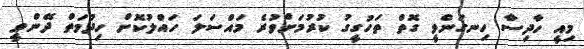
މިއީ ހާދިސާ ހިނގަންވީ ގޮތް ތަހުގީގު ކުރުމަށްވުރެ މައްސަލަ ހައްލުކޮށް ހިދުމަތް ދޭންވީ